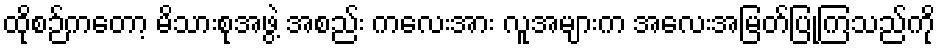
ထိုစဉ်ကတော့ မိသားစုအဖွဲ့ အစည်း ကလေးအား လူအများက အလေးအမြတ်ပြုကြသည်ကို